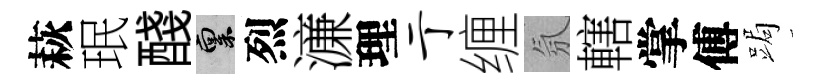
萩珉醆禀烈濓理亍缠氛轄掌傅跼